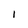
Character: 1